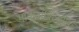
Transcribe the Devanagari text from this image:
थायोर्बाबिट्युरीक